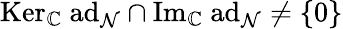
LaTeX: \mathrm{Ker}_{\mathbb{C}}\ \mathrm{ad}_{\mathcal{N}}\cap\mathrm{Im}_{\mathbb{C}}\ \mathrm{ad}_{\mathcal{N}}\neq\{ 0\}